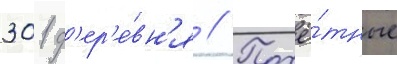
301 д'ер'е́вн'я // Почё́тные